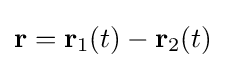
\mathbf {r} =\mathbf {r} _{1}(t)-\mathbf {r} _{2}(t)